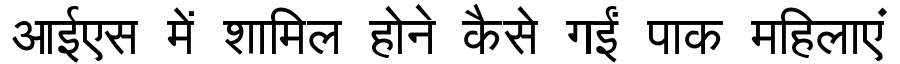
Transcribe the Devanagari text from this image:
आईएस में शामिल होने कैसे गईं पाक महिलाएं